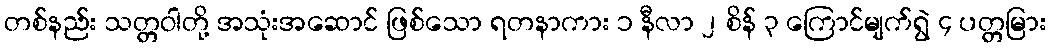
တစ်နည်း သတ္တဝါတို့ အသုံးအဆောင် ဖြစ်သော ရတနာကား ၁ နီလာ ၂ စိန် ၃ ကြောင်မျက်ရွဲ ၄ ပတ္တမြား